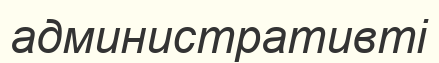
административті